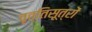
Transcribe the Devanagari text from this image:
वृत्तिसूत्रों